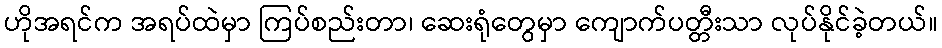
ဟိုအရင်က အရပ်ထဲမှာ ကြပ်စည်းတာ၊ ဆေးရုံတွေမှာ ကျောက်ပတ္တီးသာ လုပ်နိုင်ခဲ့တယ်။